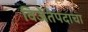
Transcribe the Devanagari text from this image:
विजेतेपदाचा